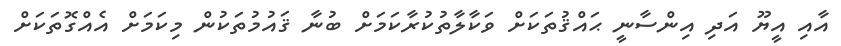
އާއި އީޔޫ އަދި އިންސާނީ ޙައްޤުތަކަށް ވަކާލާތުކުރާކަމަށް ބުނާ ޤައުމުތަކުން މިކަމަށް އެއްގޮތަކަށް